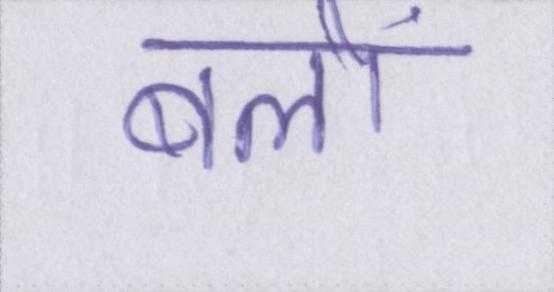
बलों